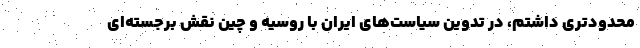
محدودتري داشتم، در تدوين سياست‌هاي ايران با روسيه و چين نقش برجسته‌اي